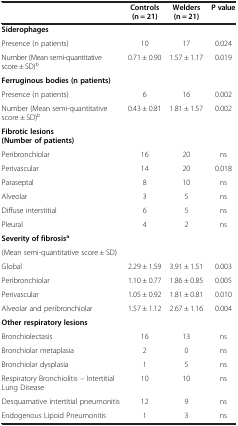
<table><thead><tr><td><b> </b></td><td><b>Controls</b></td><td><b>Welders</b></td><td><b>P value</b></td></tr><tr><td><b> </b></td><td><b>(n = 21)</b></td><td><b>(n = 21)</b></td><td><b> </b></td></tr></thead><tbody><tr><td><b>Siderophages</b></td><td> </td><td> </td><td> </td></tr><tr><td>Presence (n patients)</td><td>10</td><td>17</td><td>0.024</td></tr><tr><td>Number (Mean semi-quantitative score ± SD)<sup>b</sup></td><td>0.71 ± 0.90</td><td>1.57 ± 1.17</td><td>0.019</td></tr><tr><td><b>Ferruginous bodies (n patients)</b></td><td> </td><td> </td><td> </td></tr><tr><td>Presence (n patients)</td><td>6</td><td>16</td><td>0.002</td></tr><tr><td>Number (Mean semi-quantitative score ± SD)<sup>b</sup></td><td>0.43 ± 0.81</td><td>1.81 ± 1.57</td><td>0.002</td></tr><tr><td><b>Fibrotic lesions (Number of patients)</b></td><td> </td><td> </td><td> </td></tr><tr><td>Peribronchiolar</td><td>16</td><td>20</td><td>ns</td></tr><tr><td>Perivascular</td><td>14</td><td>20</td><td>0.018</td></tr><tr><td>Paraseptal</td><td>8</td><td>10</td><td>ns</td></tr><tr><td>Alveolar</td><td>3</td><td>5</td><td>ns</td></tr><tr><td>Diffuse interstitial</td><td>6</td><td>5</td><td>ns</td></tr><tr><td>Pleural</td><td>4</td><td>2</td><td>ns</td></tr><tr><td><b>Severity of fibrosis</b><sup><b>a</b></sup></td><td> </td><td> </td><td> </td></tr><tr><td>(Mean semi-quantitative score ± SD)</td><td> </td><td> </td><td> </td></tr><tr><td>Global</td><td>2.29 ± 1.59</td><td>3.91 ± 1.51</td><td>0.003</td></tr><tr><td>Peribronchiolar</td><td>1.10 ± 0.77</td><td>1.86 ± 0.85</td><td>0.005</td></tr><tr><td>Perivascular</td><td>1.05 ± 0.92</td><td>1.81 ± 0.81</td><td>0.010</td></tr><tr><td>Alveolar and peribronchiolar</td><td>1.57 ± 1.12</td><td>2.67 ± 1.16</td><td>0.004</td></tr><tr><td><b>Other respiratory lesions</b></td><td> </td><td> </td><td> </td></tr><tr><td>Bronchiolectasis</td><td>16</td><td>13</td><td>ns</td></tr><tr><td>Bronchiolar metaplasia</td><td>2</td><td>0</td><td>ns</td></tr><tr><td>Bronchiolar dysplasia</td><td>1</td><td>5</td><td>ns</td></tr><tr><td>Respiratory Bronchiolitis – Intertitial Lung Disease</td><td>10</td><td>10</td><td>ns</td></tr><tr><td>Desquamative intertitial pneumonitis</td><td>12</td><td>9</td><td>ns</td></tr><tr><td>Endogenous Lipoid Pneumonitis</td><td>1</td><td>3</td><td>ns</td></tr></tbody></table>